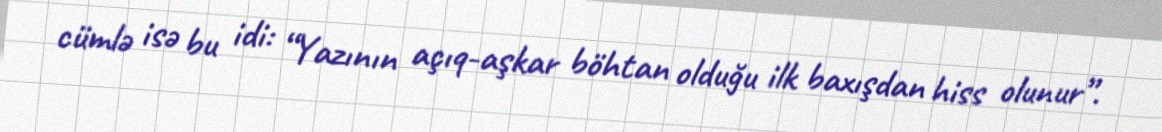
cümlə isə bu idi: “Yazının açıq-aşkar böhtan olduğu ilk baxışdan hiss olunur”.